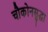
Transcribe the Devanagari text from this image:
चौकोनसुद्धा